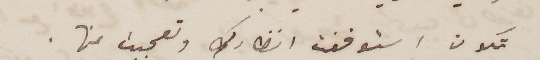
تكون استوقفت انظارك وتعجبت منها.